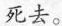
死去。